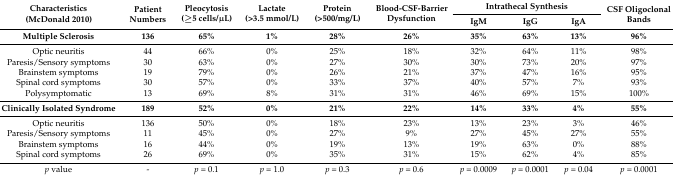
| <ROWSPAN=2> Characteristics (McDonald 2010) | <ROWSPAN=2> Patient Numbers | <ROWSPAN=2> Pleocytosis (≥5 cells/μL) | <ROWSPAN=2> Lactate (>3.5 mmol/L) | <ROWSPAN=2> Protein (>500/mg/L) | <ROWSPAN=2> Blood-CSF-Barrier Dysfunction | <COLSPAN=3> Intrathecal Synthesis | <ROWSPAN=2> CSF Oligoclonal Bands |
 | IgM | IgG | IgA |
 | --- | --- | --- | --- | --- | --- | --- | --- | --- | --- |
 | Multiple Sclerosis | 136 | 65% | 1% | 28% | 26% | 35% | 63% | 13% | 96% |
 | Optic neuritis | 44 | 66% | 0% | 25% | 18% | 32% | 64% | 11% | 98% |
 | Paresis/Sensory symptoms | 30 | 63% | 0% | 27% | 30% | 30% | 73% | 20% | 97% |
 | Brainstem symptoms | 19 | 79% | 0% | 26% | 21% | 37% | 47% | 16% | 95% |
 | Spinal cord symptoms | 30 | 57% | 0% | 33% | 37% | 40% | 57% | 7% | 93% |
 | Polysymptomatic | 13 | 69% | 8% | 31% | 31% | 46% | 69% | 15% | 100% |
 | Clinically Isolated Syndrome | 189 | 52% | 0% | 21% | 22% | 14% | 33% | 4% | 55% |
 | Optic neuritis | 136 | 50% | 0% | 18% | 23% | 13% | 23% | 3% | 46% |
 | Paresis/Sensory symptoms | 11 | 45% | 0% | 27% | 9% | 27% | 45% | 27% | 55% |
 | Brainstem symptoms | 16 | 44% | 0% | 19% | 13% | 19% | 63% | 0% | 88% |
 | Spinal cord symptoms | 26 | 69% | 0% | 35% | 31% | 15% | 62% | 4% | 85% |
 | p value | - | p = 0.1 | p = 1.0 | p = 0.3 | p = 0.6 | p = 0.0009 | p = 0.0001 | p = 0.04 | p = 0.0001 |